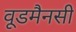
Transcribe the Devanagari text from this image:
वूडमैनसी